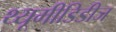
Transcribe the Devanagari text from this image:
थ्यूमीडिडीज